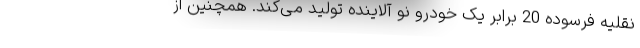
نقلیه فرسوده 20 برابر یک خودرو نو آلاینده تولید می‌کند. همچنین از